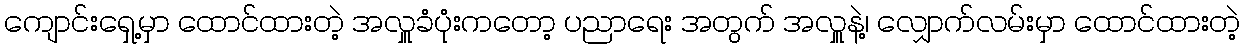
ကျောင်းရှေ့မှာ ထောင်ထားတဲ့ အလှူခံပုံးကတော့ ပညာရေး အတွက် အလှူနဲ့၊ လျှောက်လမ်းမှာ ထောင်ထားတဲ့